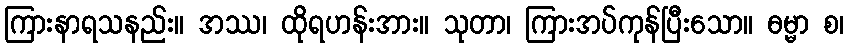
ကြားနာရသနည်း။ အဿ၊ ထိုရဟန်းအား။ သုတာ၊ ကြားအပ်ကုန်ပြီးသော။ ဓမ္မာ စ၊